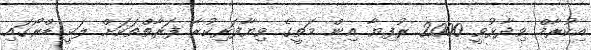
އިކުރާމް ވިދާޅުވީ 2000 ރުފިޔާ އިން މަތީގެ ވިޔާފަރިކުރާ ފަރާތްތަކަށް ލަކީ ޑްރޯގައި